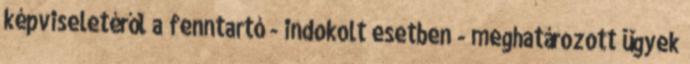
képviseletéről a fenntartó - indokolt esetben - meghatározott ügyek